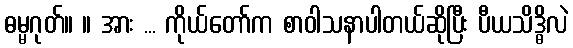
ဓမ္မဂုတ်။ ။ အား ... ကိုယ်တော်က စာဝါသနာပါတယ်ဆိုပြီး ပီယသိဒ္ဓိလဲ